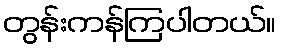
တွန်းကန်ကြပါတယ်။